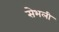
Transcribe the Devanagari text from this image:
सेभली